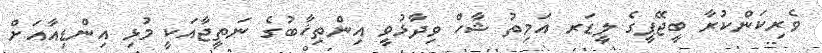
ވެރިކަންކުރާ ބީޖޭޕީގެ ލީޑަރ އަމިތު ޝާހް ވިދާޅުވީ އިންތިޚާބުގެ ނަތީޖާއަކީ މުޅި އިންޑިއާއަށް